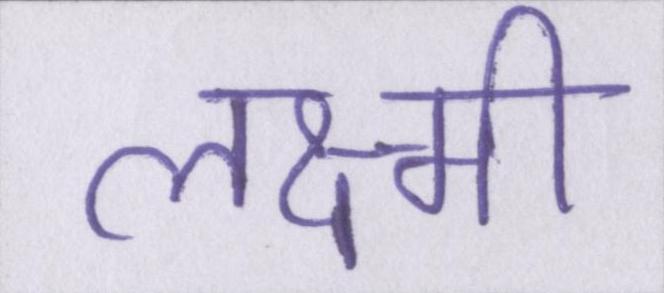
लक्ष्मी